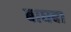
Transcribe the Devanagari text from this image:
बाघबा